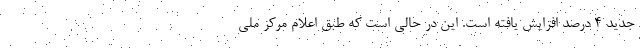
جدید ۴ درصد افزایش یافته است. این در حالی است که طبق اعلام مرکز ملی